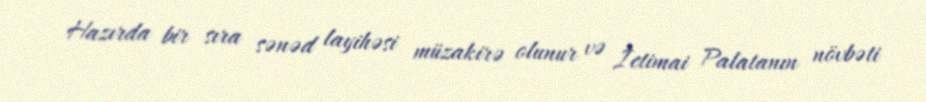
Hazırda bir sıra sənəd layihəsi müzakirə olunur və İctimai Palatanın növbəti